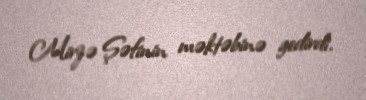
Mirzə Şəfinin məktəbinə gedirdi.